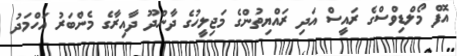
އޮފް މޯލްޑިވްސްގެ ރައީސް އަދި ރައްޔިތުންގެ މަޖިލީހުގެ ދާންދޫ ދާއިރާގެ މެންބަރު އަހްމަދު